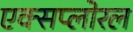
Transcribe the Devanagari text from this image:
एक्सप्लोरल